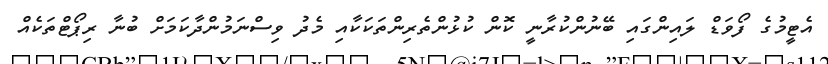
އެޓީމުގެ ފޯވަޑް ލައިންގައި ބޭނުންކުރާނީ ކޮން ކުޅުންތެރިންތަކަކާއި މެދު ވިސްނަމުންދާކަމަށް ބުނާ ރިޕޯޓްތަކެއް